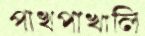
পাখপাখালি